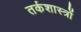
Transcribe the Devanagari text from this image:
तर्कशास्त्रों